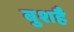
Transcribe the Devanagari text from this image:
बुशहै